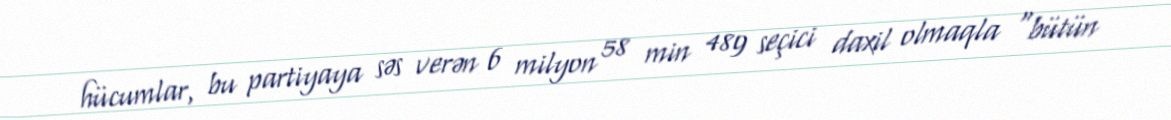
hücumlar, bu partiyaya səs verən 6 milyon 58 min 489 seçici daxil olmaqla "bütün